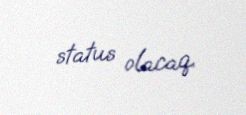
status olacaq.